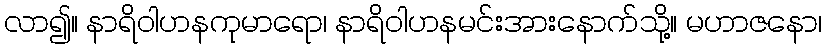
လာ၍။ နာရိဝါဟနကုမာရော၊ နာရိဝါဟနမင်းအားနောက်သို့။ မဟာဇနော၊